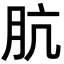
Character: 肮